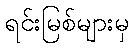
ရင်းမြစ်များမှ